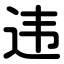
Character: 违